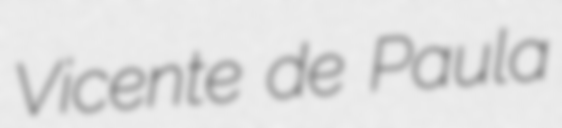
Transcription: Vicente de Paula